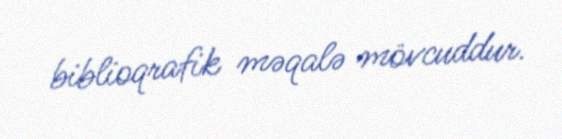
biblioqrafik məqalə mövcuddur.